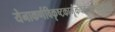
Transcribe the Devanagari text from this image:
येनाकर्णविकृष्टकार्मूकचलत्काण्डावलीकर्ति